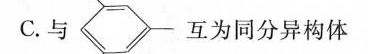
C.与 互为同分异构体